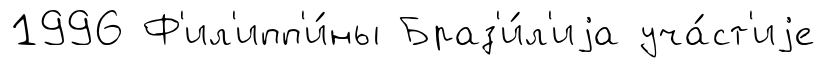
1996 Ф'ил'ипп'и́ны Браз'и́л'иjа уча́ст'иjе